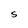
Character: S